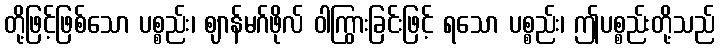
တို့ဖြင့်ဖြစ်သော ပစ္စည်း၊ ဈာန်မဂ်ဖိုလ် ဝါကြွားခြင်းဖြင့် ရသော ပစ္စည်း၊ ဤပစ္စည်းတို့သည်